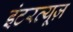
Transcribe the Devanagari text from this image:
इंटरव्यूज़